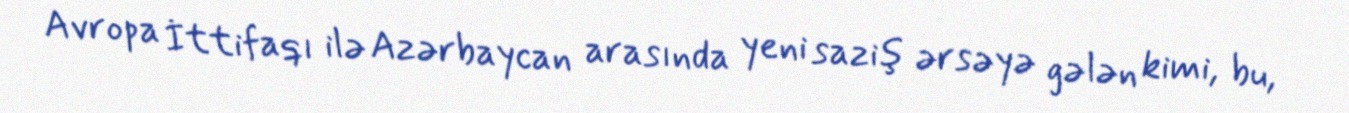
Avropa İttifaqı ilə Azərbaycan arasında yeni saziş ərsəyə gələn kimi, bu,